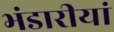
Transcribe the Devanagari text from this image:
भंडारीयां